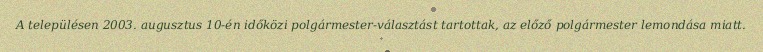
A településen 2003. augusztus 10-én időközi polgármester-választást tartottak, az előző polgármester lemondása miatt.